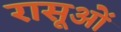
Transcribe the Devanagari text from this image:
रासूओं